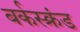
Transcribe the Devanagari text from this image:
बर्कस्क्रंड